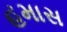
હમાસ